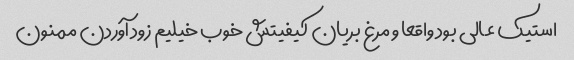
استیک عالی بود واقعا و مرغ بریان کیفیتش خوب خیلیم زود آوردن ممنون